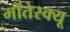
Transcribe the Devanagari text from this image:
मोंतेस्क्यू